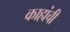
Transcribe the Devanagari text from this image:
काहांची